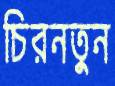
চিরনতুন